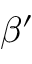
\beta ^ { \prime }